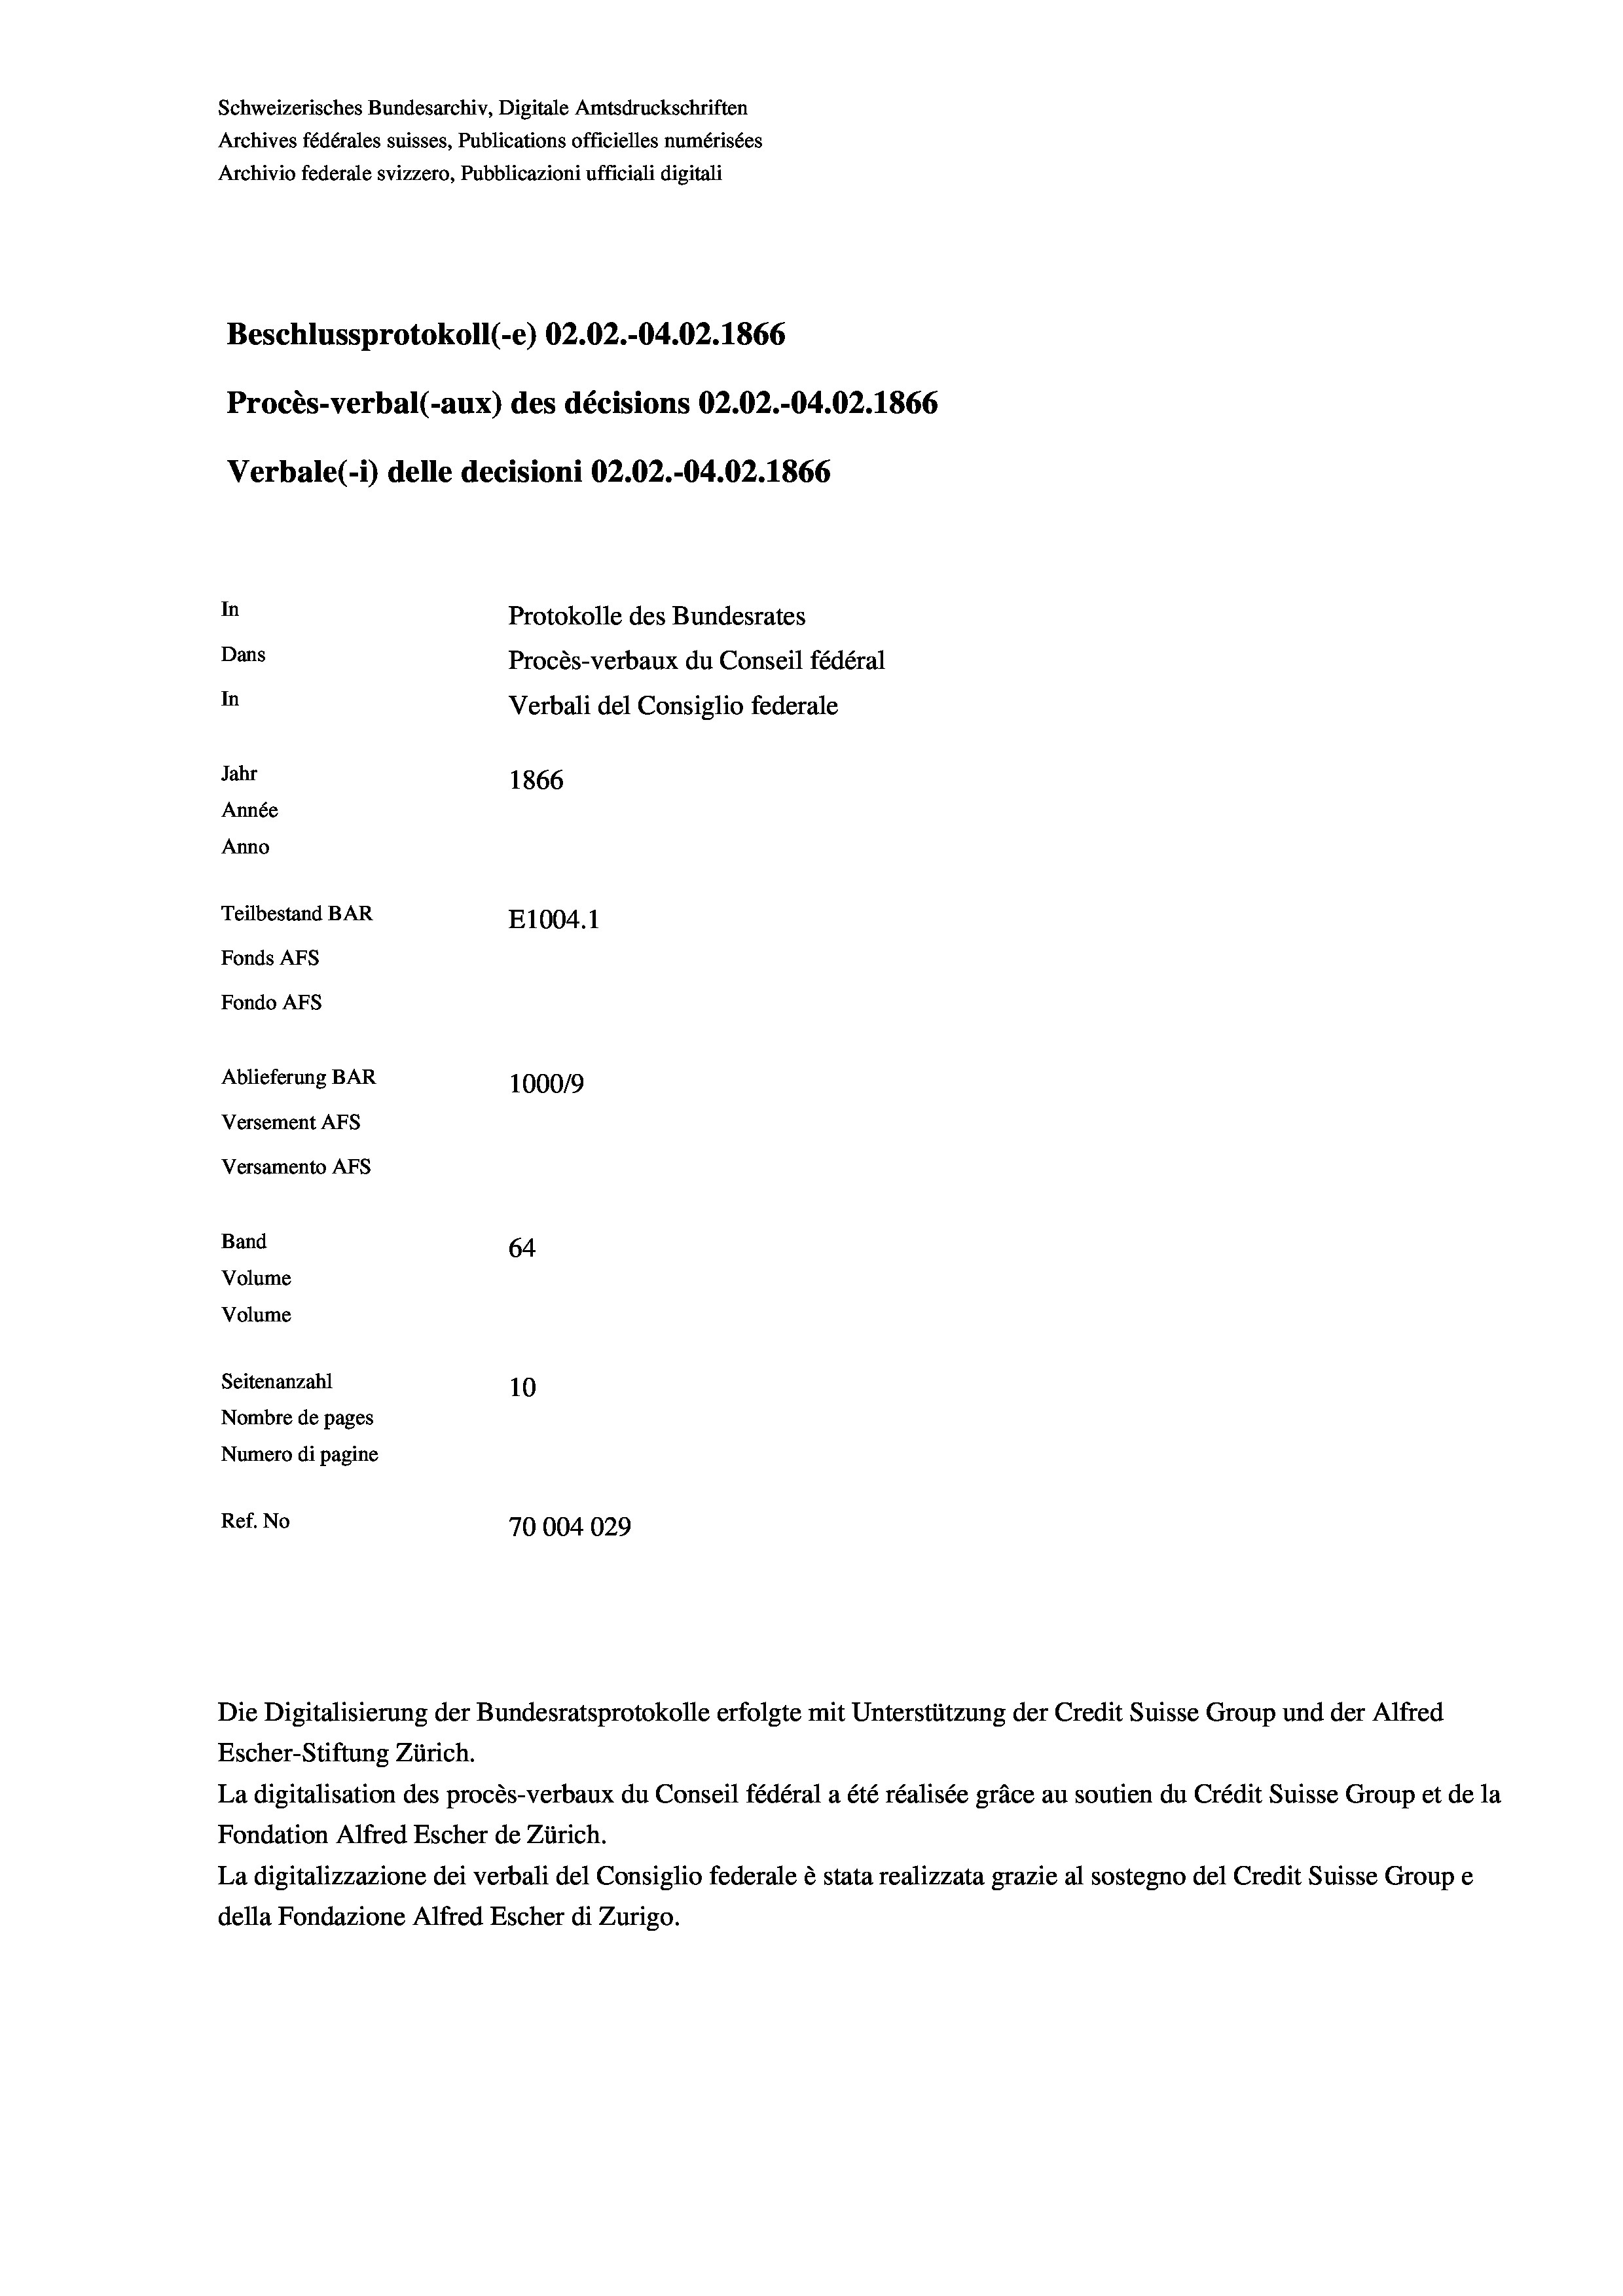
Schweizerisches Bundesarchiv, Digitale Amtsdruckschriften
Archives fédérales suisses, Publications officielles numérisées
Archivio federale svizzero, Pubblicazioni ufficiali digitali
Beschlussprotokoll (-e) 02.02.-04.02. 1866
Procès-verbal (-aux) des décisions 02.02.-04.02. 1866
Verbale (- 1) delle decisioni 02.02.-04.02. 1866
In
Protokolle des Bundesrates
Dans
Procès-verbaux du Conseil fédéral
In
Verbali del Consiglio federale
Jahr
1866
Année
Anno
Teilbestand BAR
E1004. 1
Fonds AFs
Fondo Afs
Ablieferung BAR
100019
Versement AFs
Versamento Afs
Band
64
Volume
Volume
Seitenanzahl
10

Nombre de pages
Numero di pagine
Ref. No
70004029

Escher-Stiftung Zürich.
La digitalisation des procès-verbaux du Conseil fédéral a été réalisée gräce au soutien du Crédit Suisse Group et de la
Fondation Alfred Escher de Zürich.
La digitalizzazione dei verbali del Consiglio federale è stata realizzata grazie al sostegno del Credit Suisse Groupe
della Fondazione Alfred Escher di Zurigo.

Die Digitalisierung der Bundesratsprotokolle erfolgte mit Unterstützung der Credit Suisse Group und der Alfred